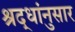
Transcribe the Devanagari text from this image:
श्रद्धांनुसार